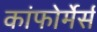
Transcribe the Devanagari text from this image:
कांफोर्मेर्स